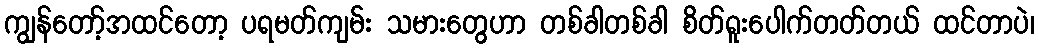
ကျွန်တော့်အထင်တော့ ပရမတ်ကျမ်း သမားတွေဟာ တစ်ခါတစ်ခါ စိတ်ရူးပေါက်တတ်တယ် ထင်တာပဲ၊